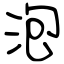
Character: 泡